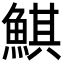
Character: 鯕